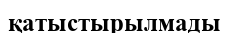
қатыстырылмады